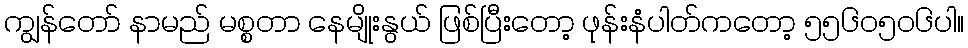
ကျွန်တော် နာမည် မစ္စတာ နေမျိုးနွယ် ဖြစ်ပြီးတော့ ဖုန်းနံပါတ်ကတော့ ၅၅၆၀၅၀၆ပါ။